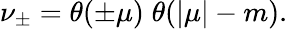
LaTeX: \nu_{\pm}=\theta(\pm\mu)\; \theta(|\mu|-m).